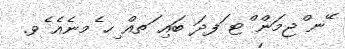
ޭނ ްޖމަން ްޓ ަފދަ ބައި ަތއް ިހ ެމނެއެ ެވ.